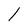
Character: 1